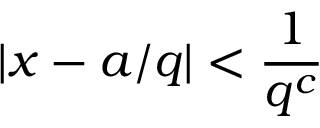
| x - a / q | < { \frac { 1 } { q ^ { c } } }